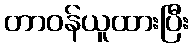
တာဝန်ယူထားပြီး